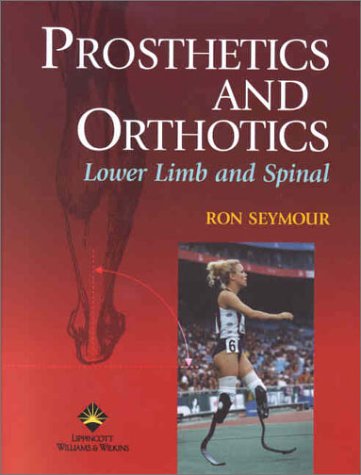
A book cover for Prosthetics and Orthotics: Lower Limb and Spine; Ron Seymour PhD  PT; Medical Books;